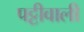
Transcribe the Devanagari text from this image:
पट्टीवाली